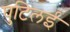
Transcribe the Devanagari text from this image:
घुटिलई